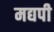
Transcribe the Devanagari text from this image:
मद्यपी